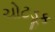
ચોટડૂક